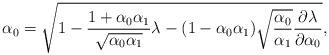
LaTeX: \begin{align*}\alpha_0=\sqrt{1-\frac{1+\alpha_0\alpha_1}{\sqrt{\alpha_0\alpha_1}}\lambda-(1-\alpha_0\alpha_1)\sqrt{\frac{\alpha_0}{\alpha_1}}\frac{\partial\lambda}{\partial\alpha_0}},\end{align*}